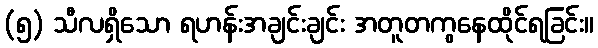
(၅) သီလရှိသော ရဟန်းအချင်းချင်း အတူတကွနေထိုင်ရခြင်း။